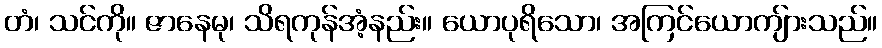
တံ၊ သင်ကို။ ဇာနေမု၊ သိရကုန်အံ့နည်း။ ယောပုရိသော၊ အကြင်ယောကျ်ားသည်။